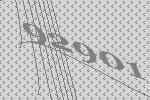
92901